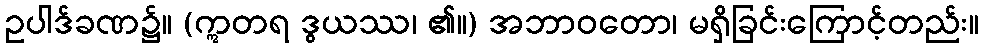
ဥပါဒ်ခဏ၌။ (ဣတရ ဒွယဿ၊ ၏။) အဘာဝတော၊ မရှိခြင်းကြောင့်တည်း။